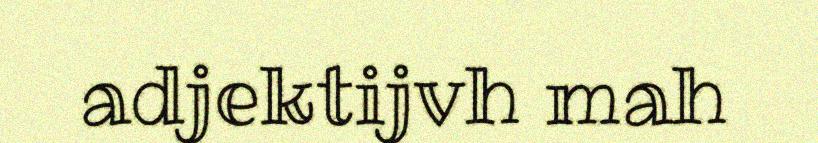
adjektijvh mah